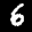
Digit: 6